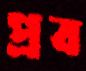
প্রব